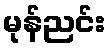
မုန်ညင်း